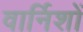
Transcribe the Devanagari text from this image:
वार्निशों